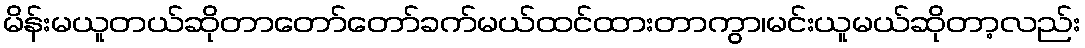
မိန်းမယူတယ်ဆိုတာတော်တော်ခက်မယ်ထင်ထားတာကွာ၊မင်းယူမယ်ဆိုတာ့လည်း